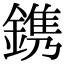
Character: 鎸